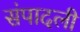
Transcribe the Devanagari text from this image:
संपादली